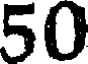
50